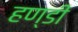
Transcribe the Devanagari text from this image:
हण्डी